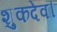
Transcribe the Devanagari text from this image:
शुकदेव।